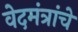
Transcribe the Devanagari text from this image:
वेदमंत्रांचे